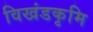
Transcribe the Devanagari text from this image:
विखंडकृमि